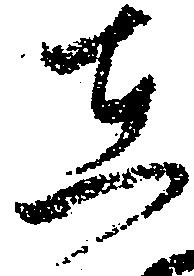
在